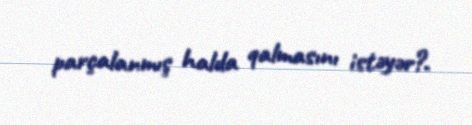
parçalanmış halda qalmasını istəyər?.